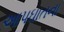
આપઘાતના